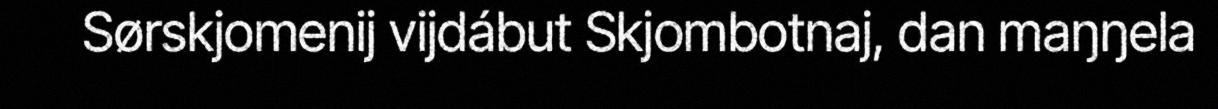
Sørskjomenij vijdábut Skjombotnaj, dan maŋŋela